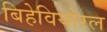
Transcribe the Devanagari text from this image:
बिहेवियोरल